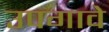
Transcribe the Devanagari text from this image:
उपगावे